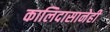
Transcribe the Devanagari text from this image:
कालिदासानेही